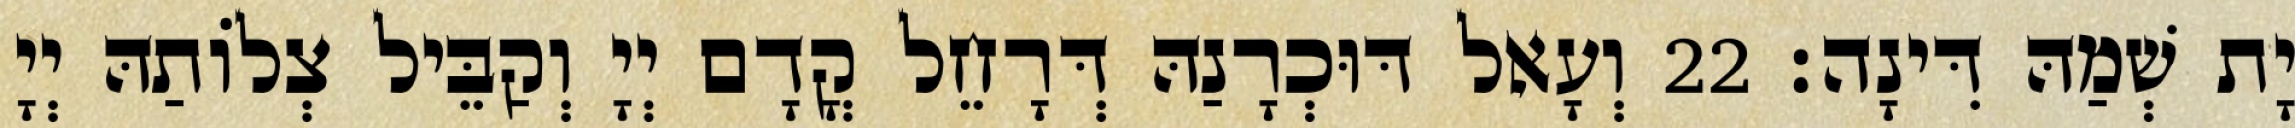
יָת שְׁמַהּ דִּינָה׃ 22 וְעָאל דּוּכְרָנַהּ דְּרָחֵל קֳדָם יְיָ וְקַבֵּיל צְלוֹתַהּ יְיָ